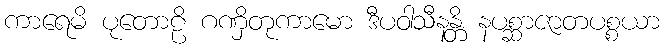
ကာရေမိ ပုတောဠိ ဂဏှိတုကာမော ဒီပဝါသီနန္တိ နပစ္ဆာဇာတပစ္စယာ